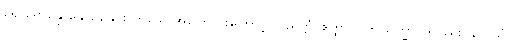
ရောရောနှောနှောနေခြင်း ဟူသောအကြောင်းကြောင့်။ ပညတ္တံ၊ ဧတ္ထာပိ၊ ဤသိက္ခာပုဒ်လည်း။ သေသံ၊